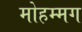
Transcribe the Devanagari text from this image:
मोहम्मग